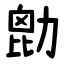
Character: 㔡